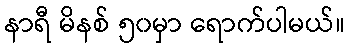
နာရီ မိနစ် ၅၀မှာ ရောက်ပါမယ်။